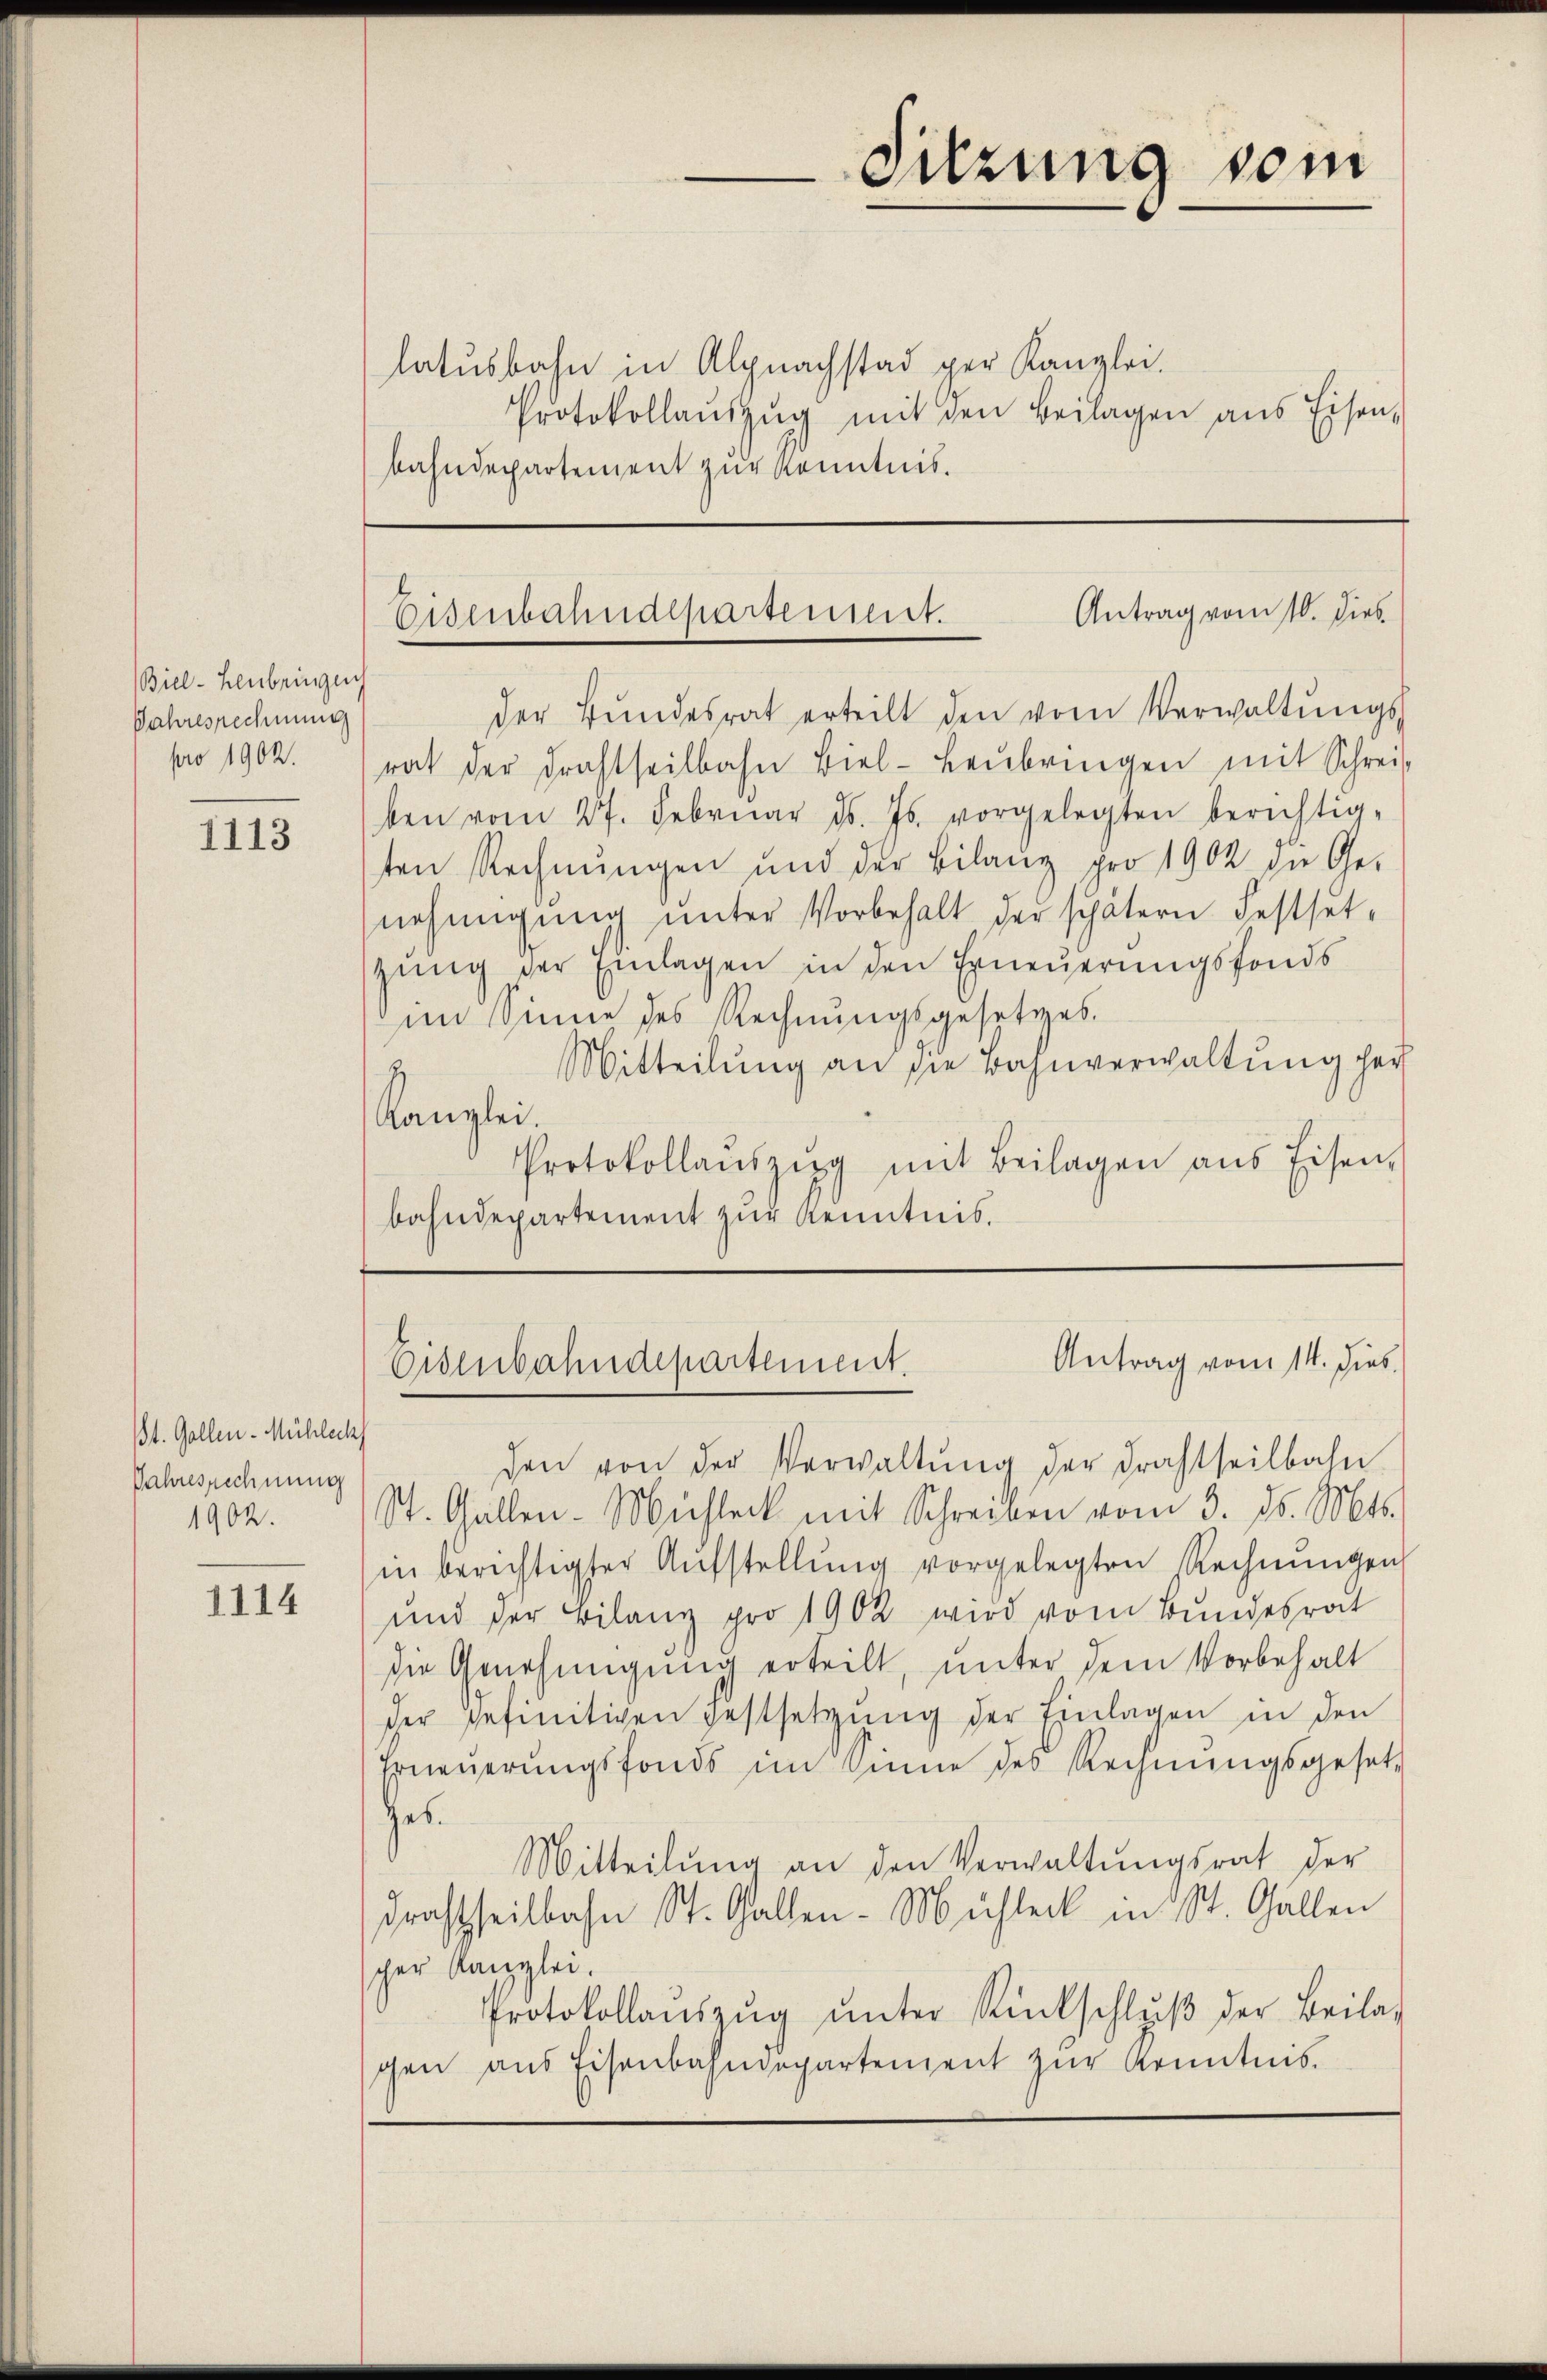
Biel - Heubringuich
Jahresrechnung
pro 1902.

1113

St. Gallen-Mühlech
Jahresrechnung
1902.

1114

Sitzung vom

latusbahn in Alpnachstad per Kanzlei.
Protokollaŭszŭg mit den Beilagen aus Eisen-
bahndepartement zur Kenntnis.

Antrag vom 10. dies
Eisenbahndepartement.

der Bŭndesrat erteilt den vom Verwaltŭngs-
rat der Frachtheilbahn Biel- Leŭbringen mit Schreib
ben vom 27. Febrŭar d. Js. vorgelegten berichtig-
ten Rechnŭngen und der Bilanz pro 1902 die Ge-
nehmigŭng ŭnter Vorbehalt der spätern Festset-
zung der Einlagen in den Erneuerungsfonds
im Sinne des Rechnungsgesetzes.
Mitteilŭng an die Bahnverwaltŭng her
Kanzlei.
Protokollaŭszŭg mit Beilagen ans Eisen,
bahndepartement zur Kenntnis.

Antrag vom 14. Dies
Eisenbahndepartement.

den von der Verwaltŭng der Frachtheilbahn
St. Gallen-Mühlek mit Schreiben vom 3. ds. Mts.
in berichtigter Aŭfstellŭng vorgelegten Rechnŭngen
und der Bilanz pro 1902 wird vom Bundesrat
die Genehmigung erteilt, unter dem Vorbehalt
der definitiven gestsetzung der Einlagen in den
Erneŭerŭngsfonds im Sinne des Rechnŭngsgesetz
Ges.
Mitteilŭng an den Verwaltŭngsrat der
Drahtheilbahn St. Gallen-Mühler in St. Gallen
scher Kanzlei.
Protokollaŭszŭg ŭnter Rückschlŭβ der Beilag
schen aus Eisenbahndepartement zŭr Kenntnis.